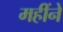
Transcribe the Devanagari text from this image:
महींने